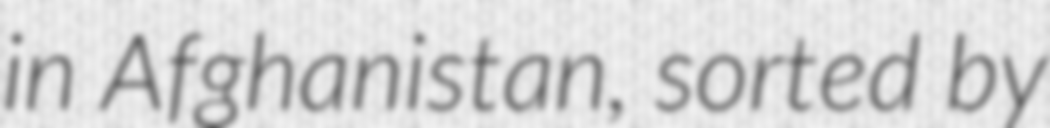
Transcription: in Afghanistan, sorted by